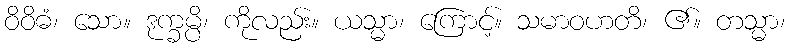
ဝိဝိဓံ၊ သော။ ဒုက္ခမ္ပိ၊ ကိုလည်း။ ယသ္မာ၊ ကြောင့်။ သမာဝဟတိ၊ ၏။ တသ္မာ၊